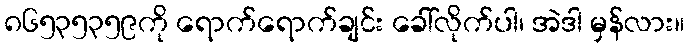
၈၆၅၃၅၃၅၉ကို ရောက်ရောက်ချင်း ခေါ်လိုက်ပါ၊ အဲဒါ မှန်လား။